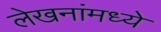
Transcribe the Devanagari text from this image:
लेखनांमध्ये